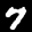
Label: 7